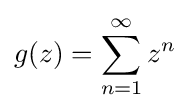
g(z)=\sum _{n=1}^{\infty }z^{n}